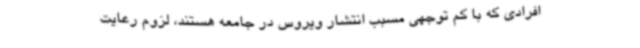
افرادی که با کم توجهی مسبب انتشار ویروس در جامعه هستند، لزوم رعایت